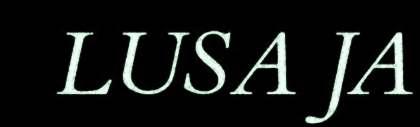
LUSA JA